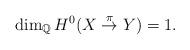
LaTeX: \begin{align*}\dim_{\mathbb Q} H^0(X\stackrel{\pi}\to Y)=1.\end{align*}